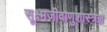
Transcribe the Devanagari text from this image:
सूक्ष्मजीवाणुशास्त्रज्ञ